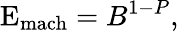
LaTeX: \mathrm{E}_{\mathrm{mach}}=B^{1-P},